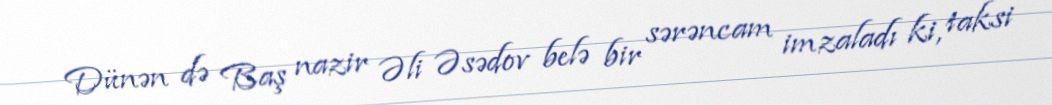
Dünən də Baş nazir Əli Əsədov belə bir sərəncam imzaladı ki, taksi